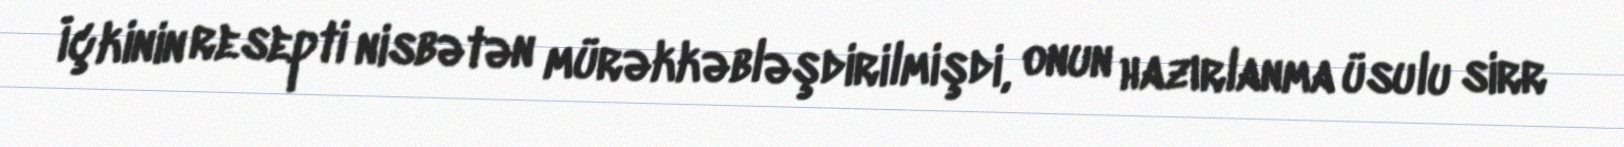
İçkinin resepti nisbətən mürəkkəbləşdirilmişdi, onun hazırlanma üsulu sirr